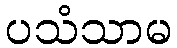
ပသံသာမ